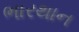
ભારથાન